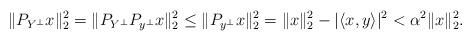
LaTeX: \begin{align*}\|P_{Y^\perp}x\|_2^2=\|P_{Y^\perp}P_{y^\perp}x\|_2^2\leq\|P_{y^\perp}x\|_2^2=\|x\|_2^2-|\langle x,y\rangle|^2<\alpha^2\|x\|_2^2.\end{align*}